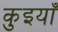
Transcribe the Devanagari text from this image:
कुइयाँ